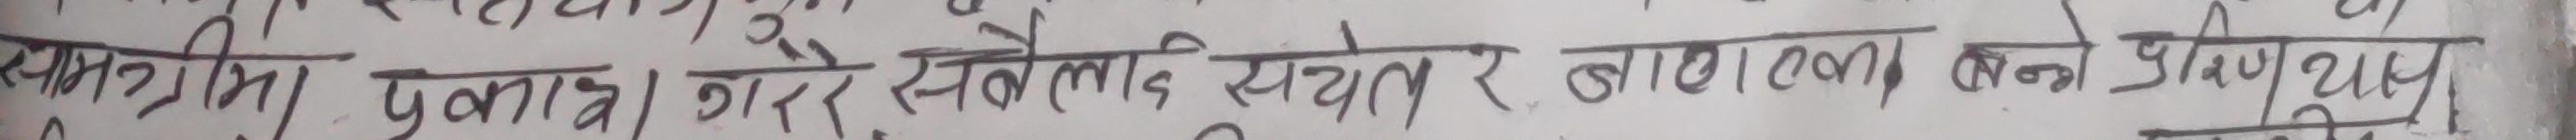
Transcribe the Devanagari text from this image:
सामग्री पूरा गरेर सबै लेडि सयतेर बाधा हरु बने प्रर्याप्त